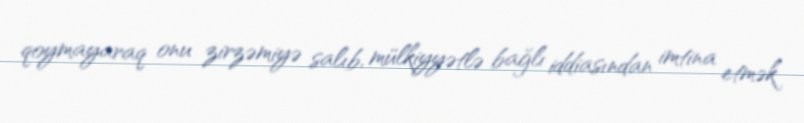
qoymayaraq onu zirzəmiyə salıb, mülkiyyətlə bağlı iddiasından imtina etmək